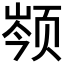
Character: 𬱣